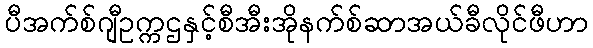
ပီအက်စ်ဂျီဥက္ကဌနှင့်စီအီးအိုနက်စ်ဆာအယ်ခီလိုင်ဖီဟာ